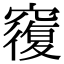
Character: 𥨍